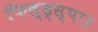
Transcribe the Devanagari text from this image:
फिल्ड्स्पार